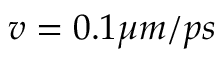
v = 0 . 1 \mu m / p s